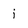
Character: i